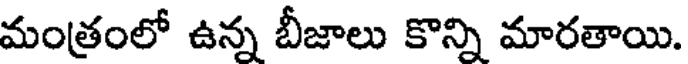
మంత్రంలో ఉన్న బీజాలు కొన్ని మారతాయి.